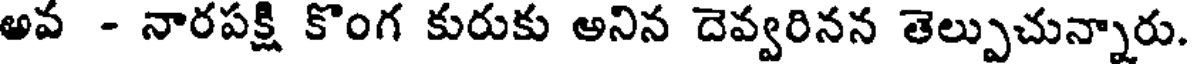
అవ - నారపక్షి కొంగ కురుకు అనిన దెవ్వరినన తెల్పుచున్నారు.